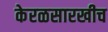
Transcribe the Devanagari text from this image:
केरळसारखीच